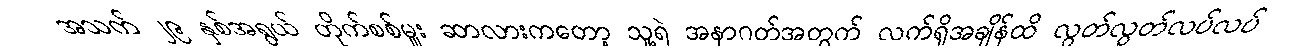
အသက် ၂၉ နှစ်အရွယ် တိုက်စစ်မှူး ဆာလားကတော့ သူ့ရဲ အနာဂတ်အတွက် လက်ရှိအချိန်ထိ လွတ်လွတ်လပ်လပ်